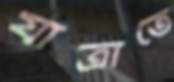
যাত্রাতে